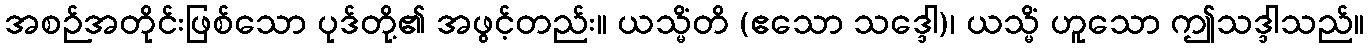
အစဉ်အတိုင်းဖြစ်သော ပုဒ်တို့၏ အဖွင့်တည်း။ ယသ္မိံတိ (ဧသော သဒ္ဒေါ)၊ ယသ္မိံ ဟူသော ဤသဒ္ဒါသည်။